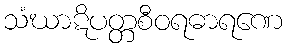
သံဃာဋိပတ္တစီဝရဓာရဏေ